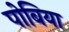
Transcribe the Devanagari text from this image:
पोबिया